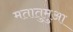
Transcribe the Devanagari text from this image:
मतातुमुआ